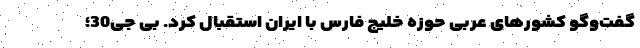
گفت‌وگو کشورهای عربی حوزه خلیج فارس با ایران استقبال کرد. بی جی30؛